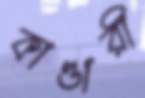
কাণ্ডারী